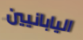
اليابانيين